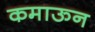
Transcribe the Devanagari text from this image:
कमाऊन